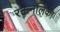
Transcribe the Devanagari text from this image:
रक्तनलिका